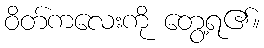
ဝိတ်ကလေးကို တွေ့ရ၏။